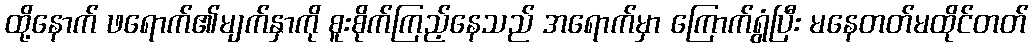
ထို့နောက် ဖရောက်၏မျက်နှာကို စူးစိုက်ကြည့်နေသည် အရောက်မှာ ကြောက်ရွံပြီး မနေတတ်မထိုင်တတ်